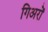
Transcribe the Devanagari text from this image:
गिअरों